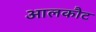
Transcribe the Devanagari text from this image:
आलकौट